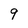
Character: 9